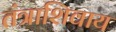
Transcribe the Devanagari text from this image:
तंत्राशिवाय